Civil Veterinary Department Bihar & Orissa reports 1922-29 - 1922-1929
Year: 1922
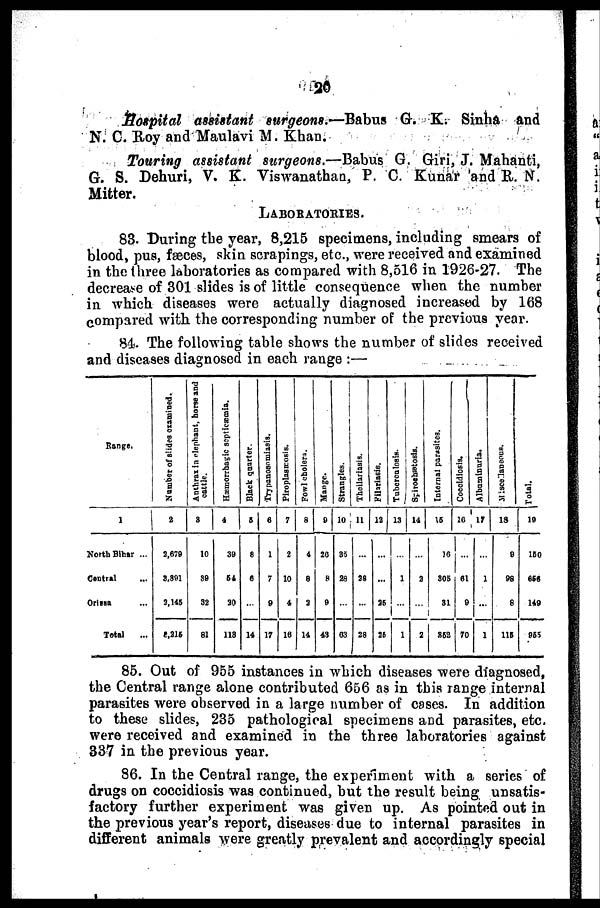
20
Hospital assistant surgeons.—Babus G. K. Sinha and
N. C. Roy and Maulavi M. Khan.
Touring assistant surgeons.—Babus G. Giri, J. Mahanti,
G. S. Dehuri, V. K. Viswanathan, P. C. Kunar and R. N.
Mitter.
LABORATORIES.
83. During the year, 8,215 specimens, including smears of
blood, pus, faeces, skin scrapings, etc., were received and examined
in the three laboratories as compared with 8,516 in 1926-27. The
decrease of 301 slides is of little consequence when the number
in which diseases were actually diagnosed increased by 168
compared with the corresponding number of the previous year.
84. The following table shows the number of slides received
and diseases diagnosed in each range :—
Range.
1
North Bihar ...
Central
Orissa
Total
Number of slides examined.
2
2,679
3,391
3,145
2,215
Anthrax in elephant,horse and
cattle.
3
10
39
82
81
Hæmorrhagic septicæia.
4
39
64
30
113
Black quarter.
5
8
6
...
14
Trypanosomiasia
6
1
7
9
17
Piroplasrosia
7
2
10
4
18
Fowl cholera.
8
4
8
3
14
Ma nge .
9
20
8
9
43
Strangles
10
85
28
...
03
Thcilariasis
11
...
28
...
28
Pilariasis
12
...
...
25
26
Tubercnlaosis
13
...
1
...
1
Spiroshætosia
14
...
3
...
2
Internal parsites
15
16
305
31
862
Coceidiosis.
16
...
61
9
70
Albnæinnria
17
...
1
...
1
Misllaneou
18
9
98
8
116
Total.
19
160
656
149
965
85. Out of 955 instances in which diseases were diagnosed,
the Central range alone contributed 656 as in this range internal
parasites were observed in a large number of cases. In addition
to these slides, 235 pathological specimens and parasites, etc.
were received and examined in the three laboratories against
337 in the previous year.
86. In the Central range, the experiment with a series of
drugs on coccidiosis was continued, but the result being unsatis-
factory further experiment was given up. As pointed out in
the previous year's report, diseases due to internal parasites in
different animals were greatly prevalent and accordingly special